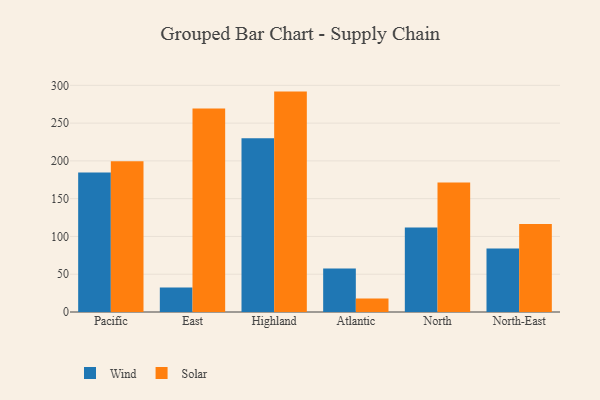
{"axis": {"x": "Region", "y": "Conversion Rate (%)"}, "legend": ["Solar", "Wind"], "data": [{"x": "Pacific", "y": 184.7, "type": "Wind"}, {"x": "Pacific", "y": 199.5, "type": "Solar"}, {"x": "East", "y": 32.4, "type": "Wind"}, {"x": "East", "y": 269.4, "type": "Solar"}, {"x": "Highland", "y": 229.8, "type": "Wind"}, {"x": "Highland", "y": 291.7, "type": "Solar"}, {"x": "Atlantic", "y": 57.5, "type": "Wind"}, {"x": "Atlantic", "y": 17.8, "type": "Solar"}, {"x": "North", "y": 111.8, "type": "Wind"}, {"x": "North", "y": 171.5, "type": "Solar"}, {"x": "North-East", "y": 83.9, "type": "Wind"}, {"x": "North-East", "y": 116.4, "type": "Solar"}]}